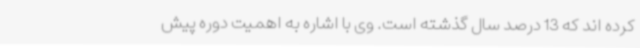
کرده اند که 13 درصد سال گذشته است. وی با اشاره به اهمیت دوره پیش